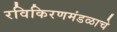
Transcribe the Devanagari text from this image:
रविकिरणमंडळाचे